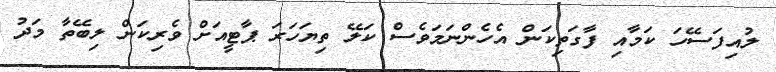
ލުއިފަސޭހަ ކަމާއި ފާގަތިކަން އެހެންނަމަވެސް ކަލޭ ތިޔަހަރަ ޕާޓީއަށް ވެރިކަން ލިބޭތާ މަދު